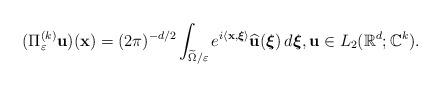
LaTeX: \begin{align*}(\Pi _\varepsilon ^{(k)} \mathbf{u})(\mathbf{x})=(2\pi )^{-d/2}\int _{\widetilde{\Omega}/\varepsilon}e^{i\langle \mathbf{x},\boldsymbol{\xi}\rangle }\widehat{\mathbf{u}}(\boldsymbol{\xi})\,d\boldsymbol{\xi},\mathbf{u}\in L_2(\mathbb{R}^d;\mathbb{C}^k).\end{align*}